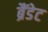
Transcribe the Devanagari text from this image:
ब्रैंडेट